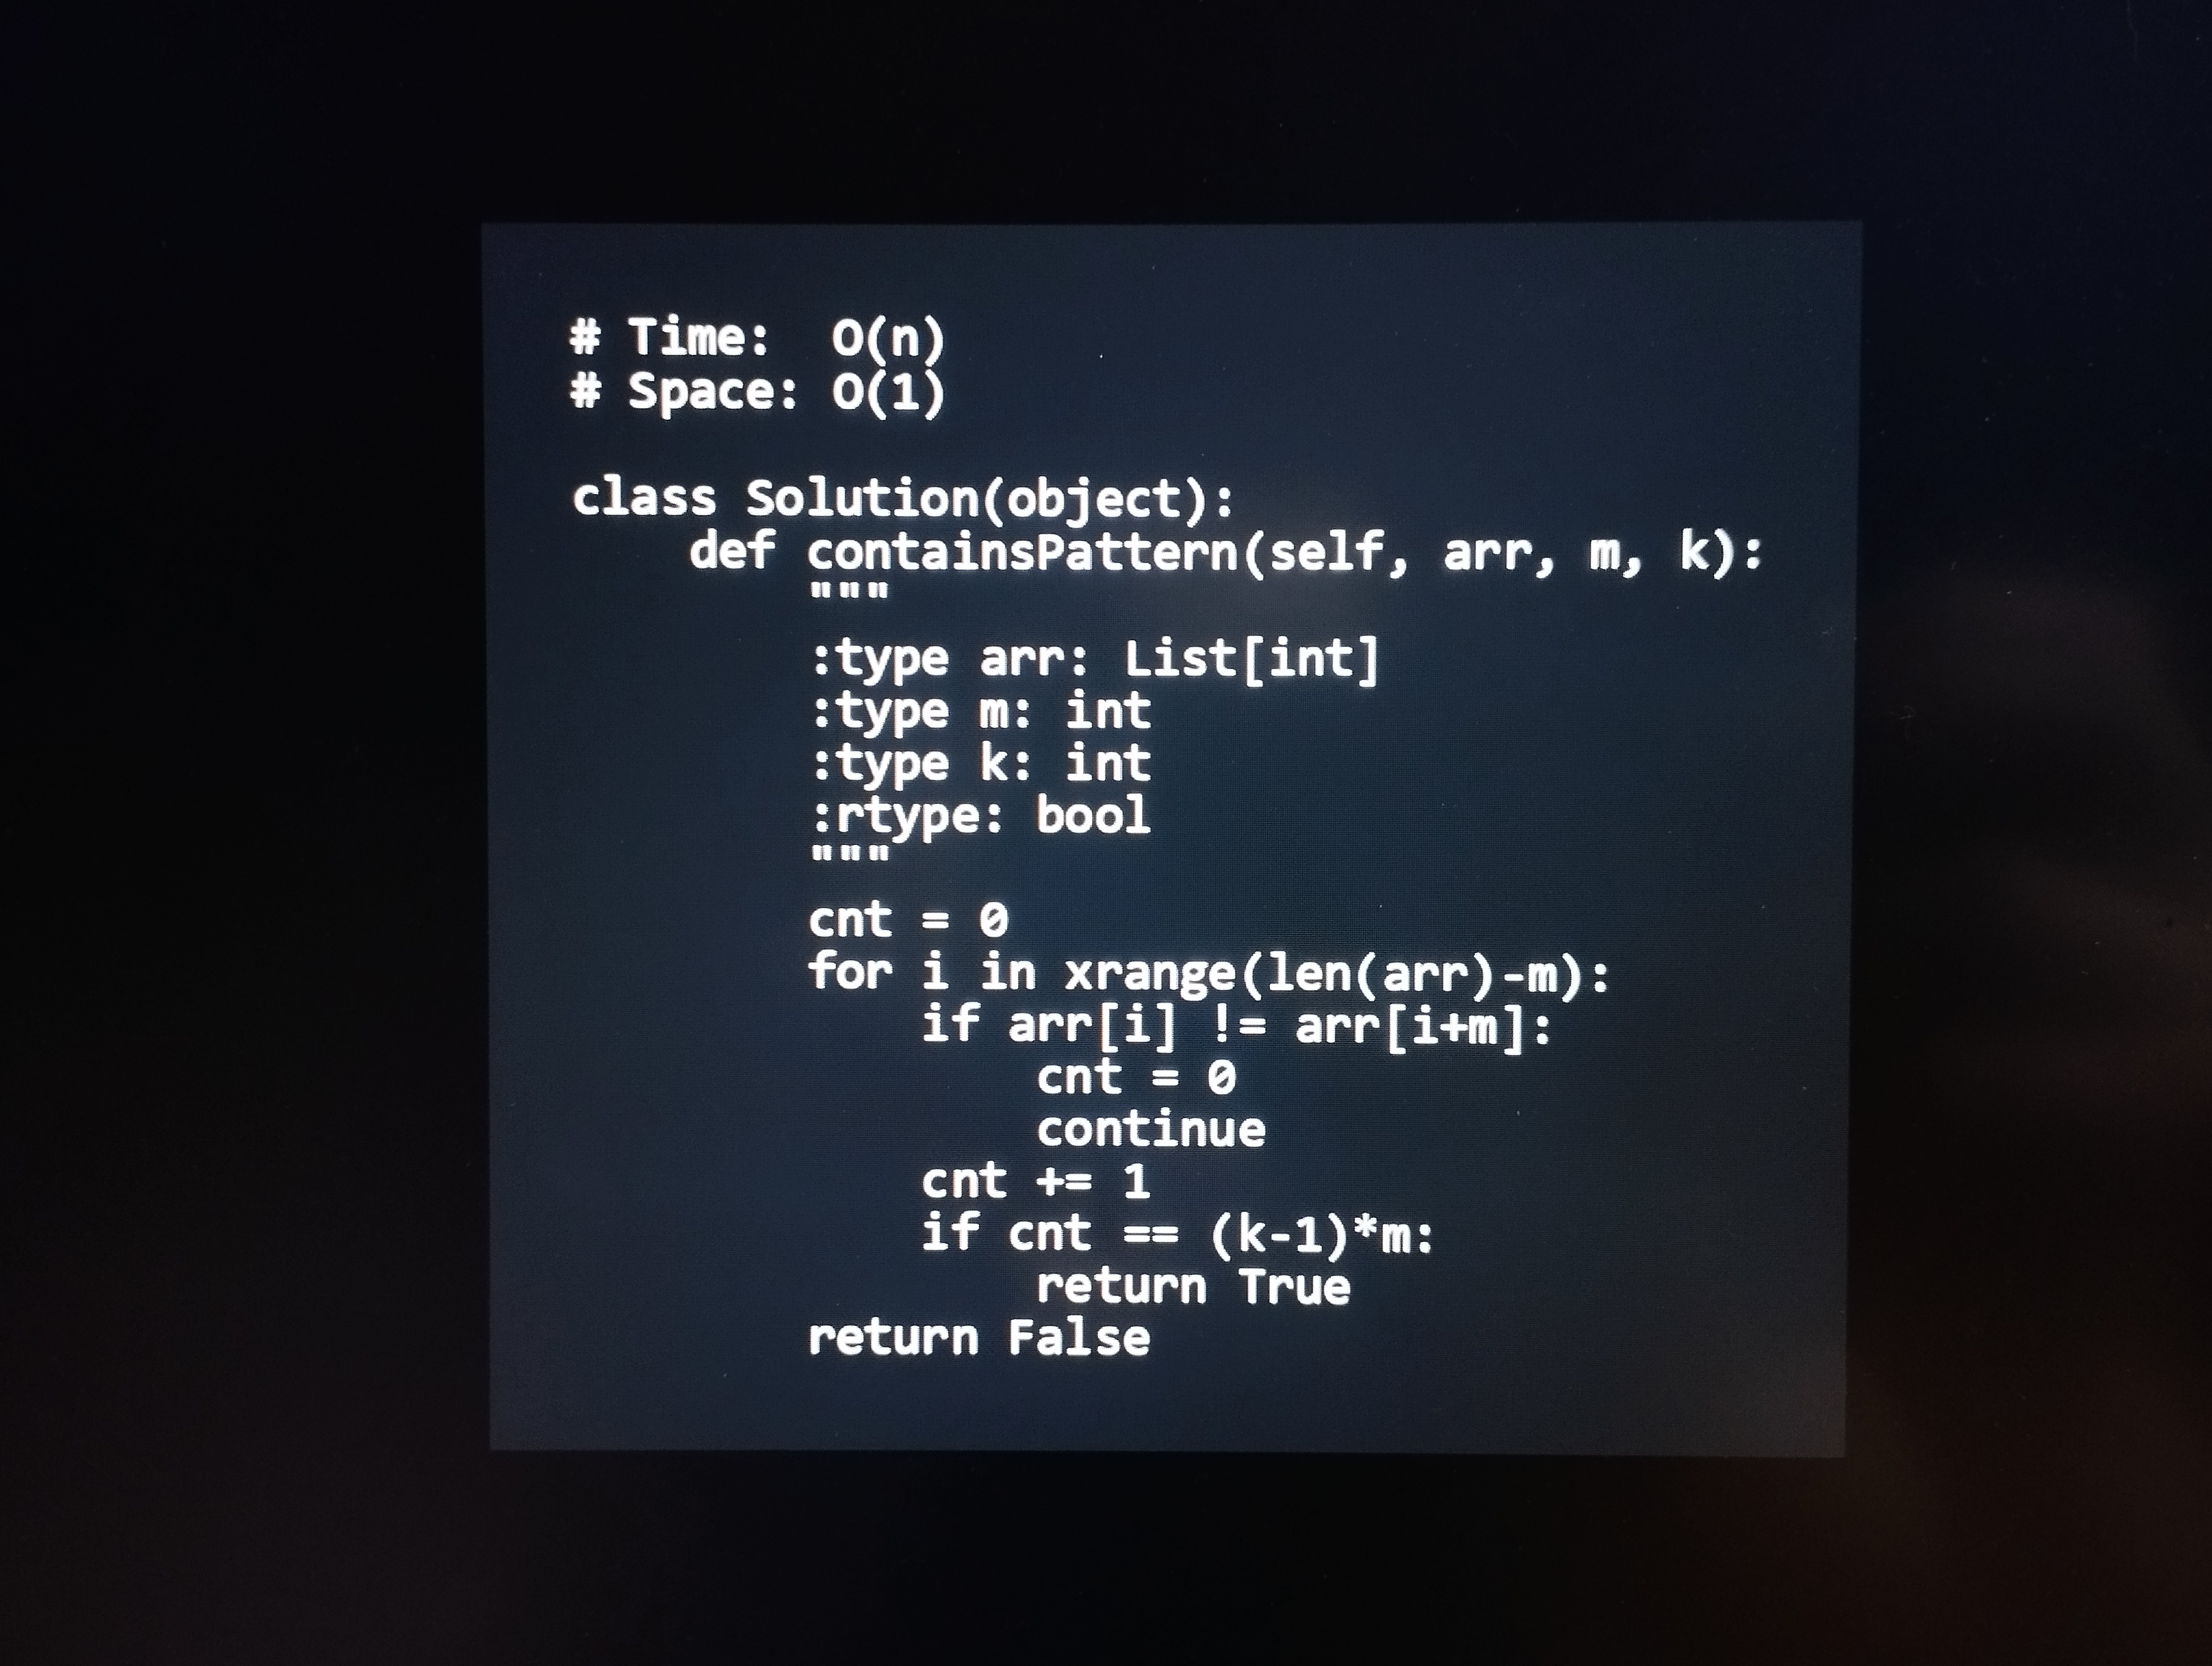
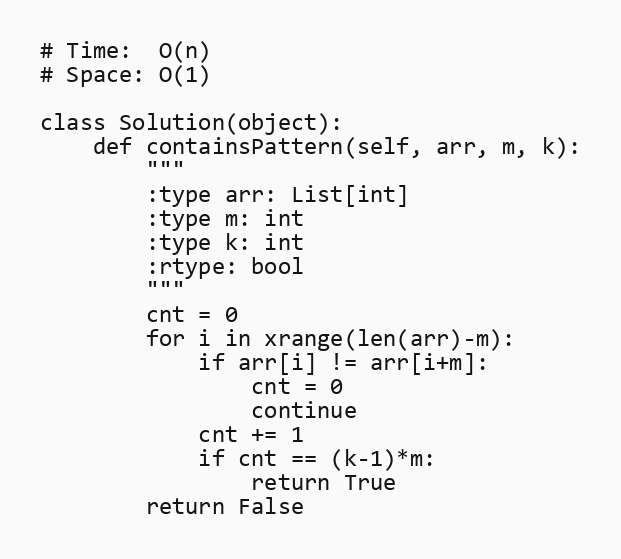
# Time:  O(n)
# Space: O(1)

class Solution(object):
    def containsPattern(self, arr, m, k):
        """
        :type arr: List[int]
        :type m: int
        :type k: int
        :rtype: bool
        """
        cnt = 0
        for i in xrange(len(arr)-m):
            if arr[i] != arr[i+m]:
                cnt = 0
                continue
            cnt += 1
            if cnt == (k-1)*m:
                return True
        return False